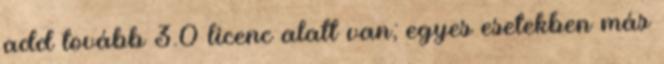
add tovább 3.0 licenc alatt van; egyes esetekben más